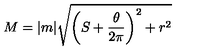
M = | m | \sqrt { \left( S + \frac { \theta } { 2 \pi } \right) ^ { 2 } + r ^ { 2 } }